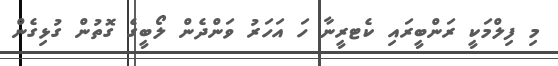
މި ފިލްމަކީ ރަންބީރައި ކެޓރީނާ ހަ އަހަރު ވަންދެން ލޯބީގެ ގޮތުން ގުޅިގެން